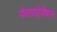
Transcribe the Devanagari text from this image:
पोलराईज़ेशन